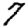
Digit: 7